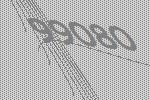
99080